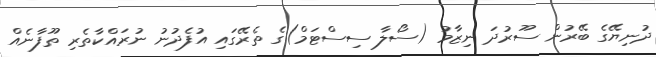
ދުނިޔޭގެ ބޭރުން ސޫރުދަ ނިޒާމު (ސޯލާ ސިސްޓަމް)ގެ ތެރޭގައި އުފެދުނު ނުރައްކާތެރި ތޫފާނެއް